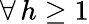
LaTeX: \forall\, h\geq 1